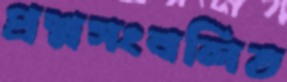
প্রশ্নসংবলিত